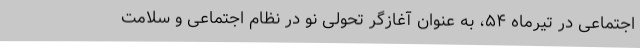
اجتماعی در تیرماه ۵۴، به عنوان آغازگر تحولی نو در نظام اجتماعی و سلامت